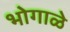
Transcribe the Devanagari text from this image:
भोगाळे